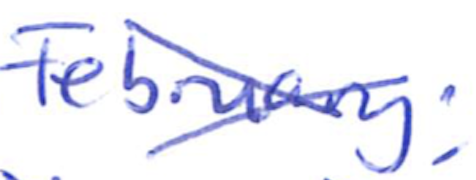
Text: February;
Cross-out: cross
Writing tool: ballpoint